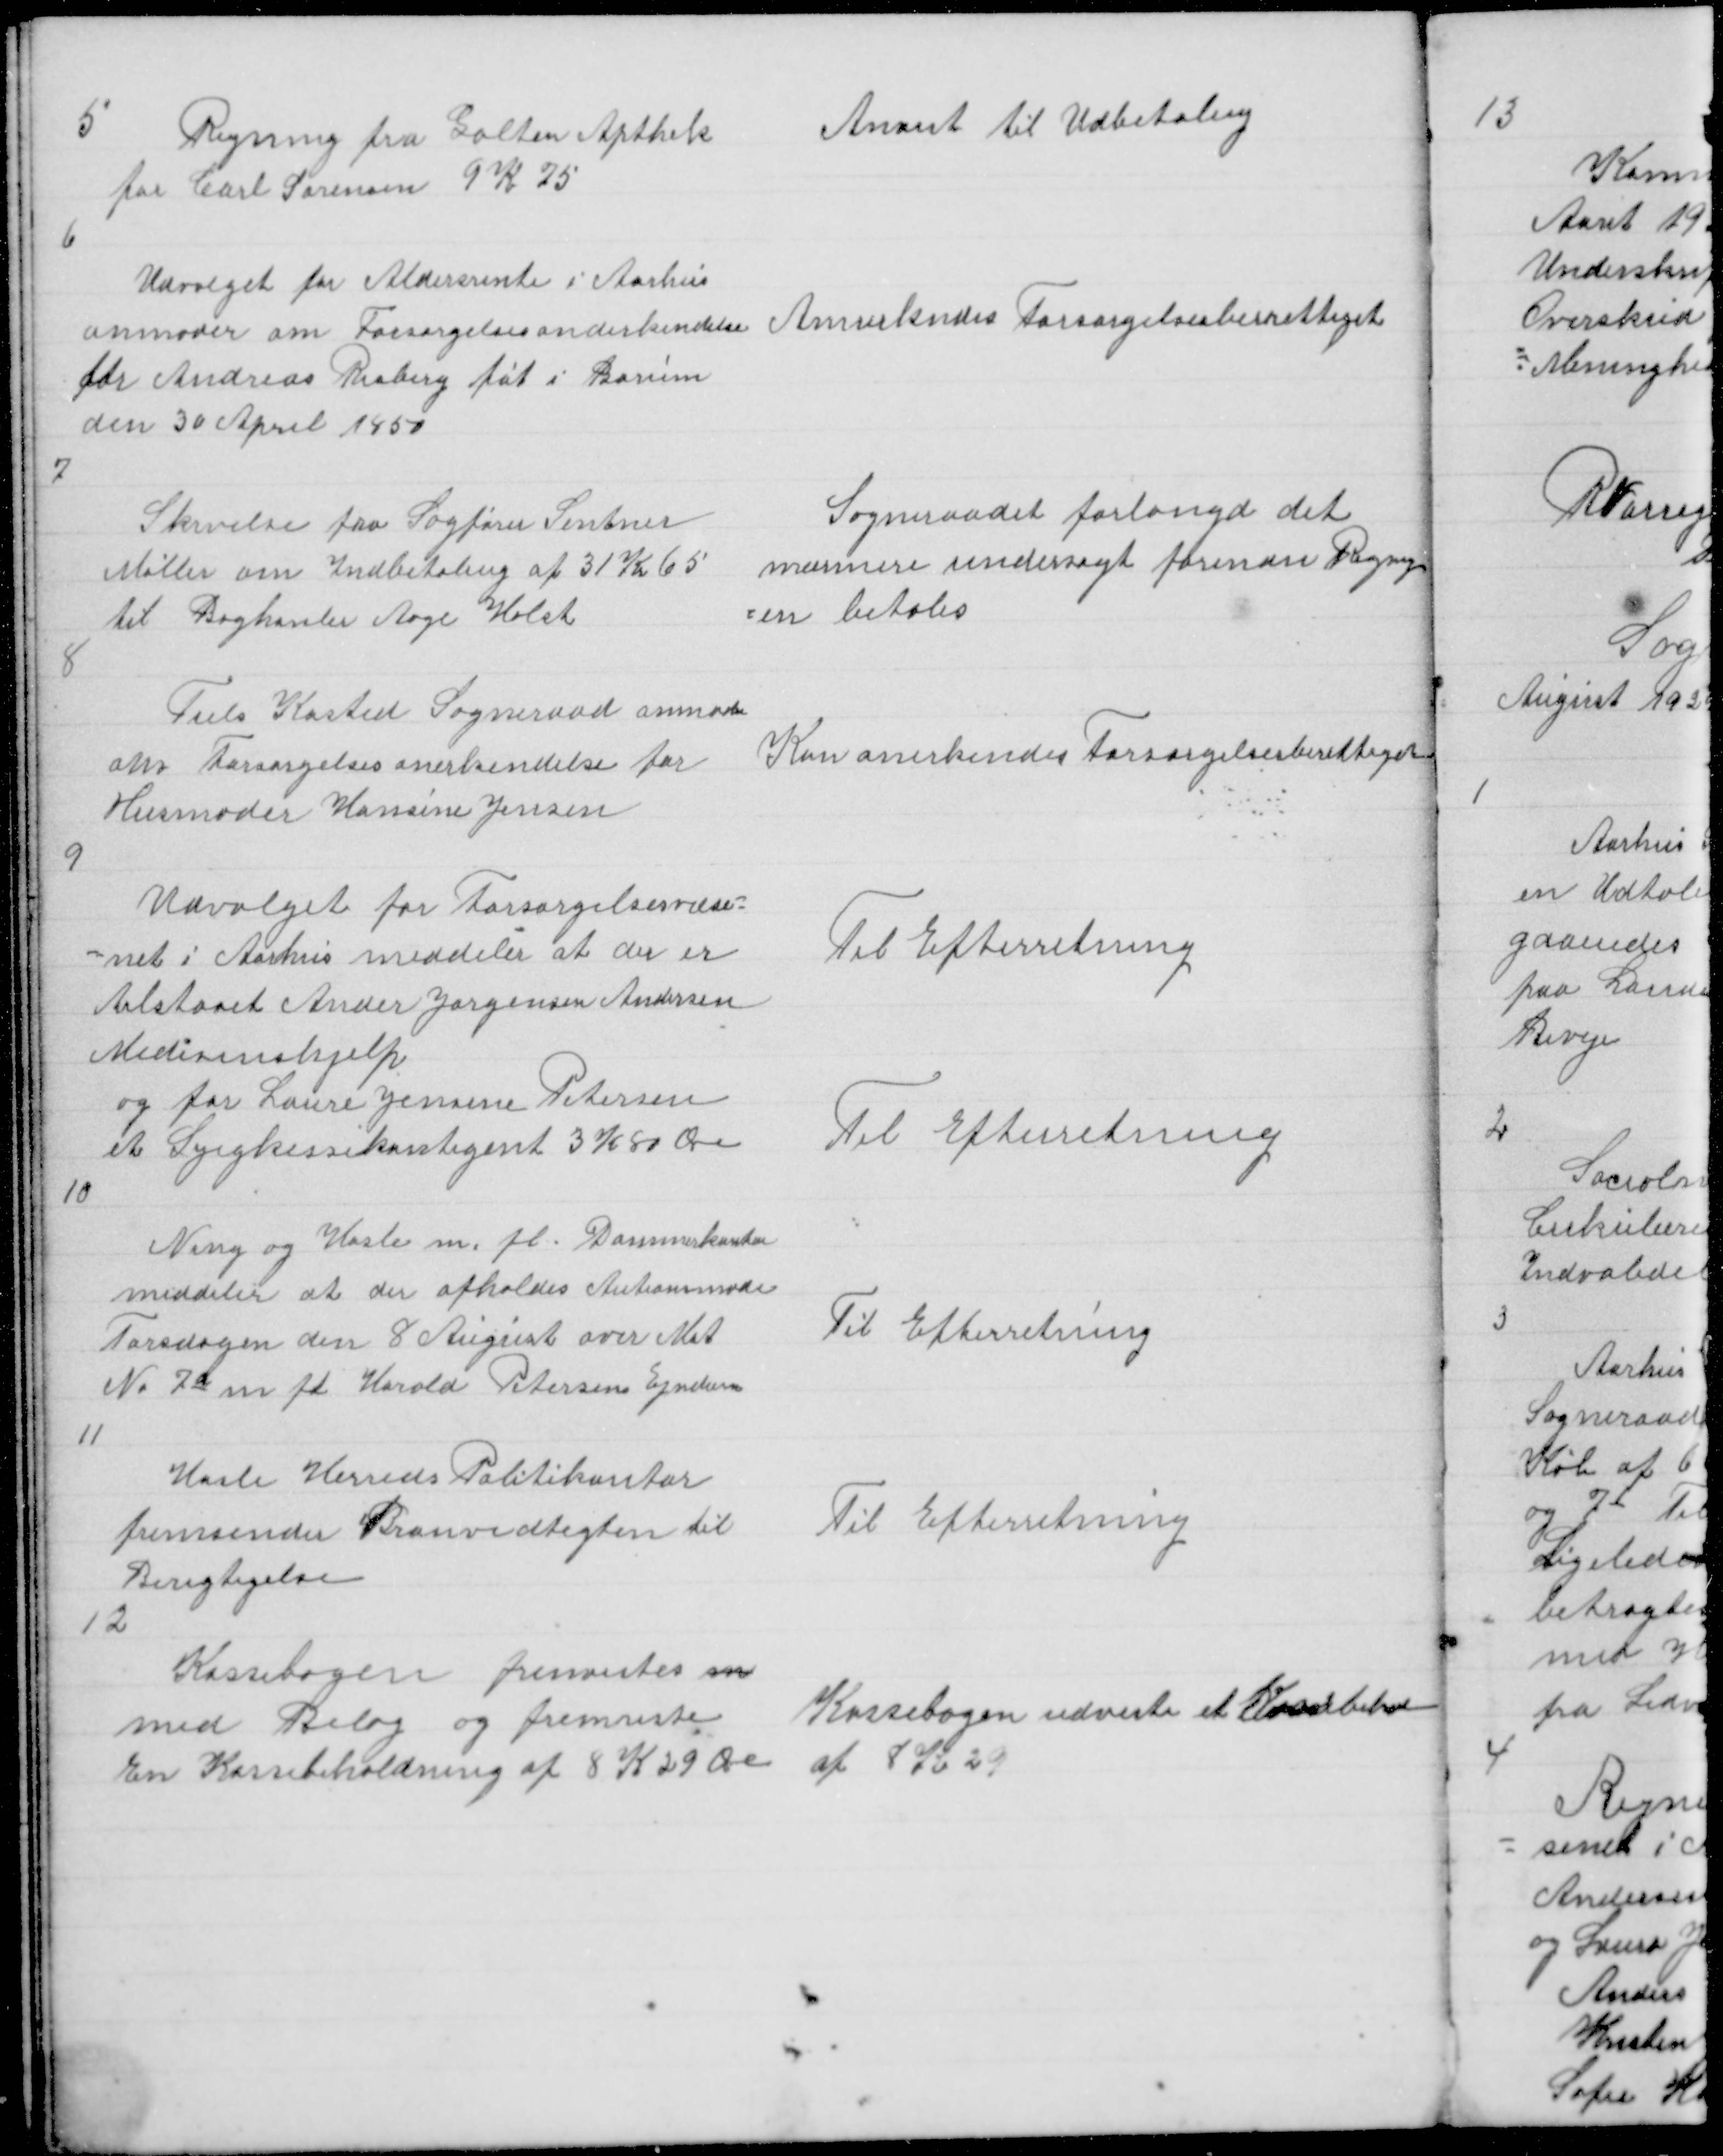
Transskription:
5

Regning fra Galten Apthek
for Carl Sørensen 9 K 75

Anvist til Udbetaling

6

Udvalget for Aldersrente i Aarhus
anmoder om Forsørgelsesanerkendelse
for Andreas Risberg føt i Borum
den 30 April 1850

Annerkendes Forsørgelsesberettiget

7

Skrivelse fra Sagfører Sintner
Møller om Indbetaling af 31 Kr 65
til Boghanler Aage Holst

Sogneraadet forlange det
mærmere undersøgt forindn Regnig
= en betales

8

Tiels Kasted Sogneraad anmoder
om Forsørgelsesanerkendelse for
Husmoder Hansine Jensen

Kan anerkendes Forsørgelsesberettiget

9

Udvalget for Forsørgelsesvæse =
= net i Aarhus meddeler at der er
tilstaaet Ander Jørgensen Andersen
Medisinhjelp
og for Laure Jensine Petrsen
et Sygekassekontigent 3 K 80 Øre
10

Til Efterretning

Til Efterretning

Ning og Hasle m. fl. Dommerkontor
meddeler at der afholdes Autionsmøde
Torsdagen den 8 August over Mat
No 7a m fl Harold Petersen Ejndom

Til Efterretning

11

Hasle Herreds Politikontor
fremsender Branvedtegten til
Berigtigelse
12

Til Efterretning

Kassebogen fremvistes m
med Bilag og fremviste
En Kassebeholdning af 8 K 29 Øre

Kassebogen udviste et Kassebehol
af 8 Kr 29